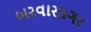
બરવાસાગર